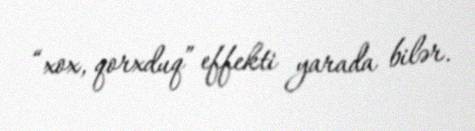
“xox, qorxduq” effekti yarada bilər.